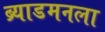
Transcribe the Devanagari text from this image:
ब्र्याडमनला